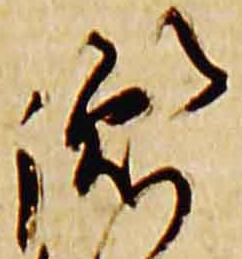
胤